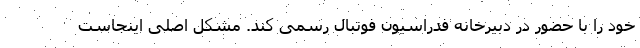
خود را با حضور در دبیرخانه فدراسیون فوتبال رسمی کند. مشکل اصلی اینجاست